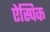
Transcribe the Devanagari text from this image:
ऐस्पिक